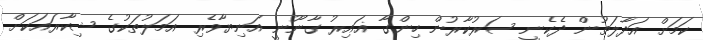
ކަމަށް އަދާލަތުން ދެކެނީ ސަރުކާރުން ހިންގާ ޣައިރު ގާނޫނީ އަނިޔާވެރި އަމަލުތަކުގެ ޝިކާރައަކަށް